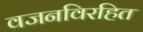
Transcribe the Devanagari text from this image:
वजनविरहित